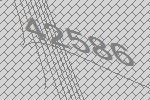
42586